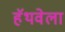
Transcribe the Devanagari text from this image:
हॅथवेला